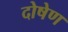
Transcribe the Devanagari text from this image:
दोषेण